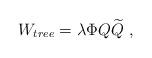
LaTeX: \begin{align*} W_{tree}=\lambda \Phi Q{\widetilde Q}~,\end{align*}